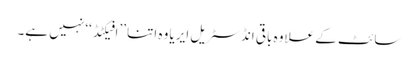
سائٹ کے علاوہ باقی انڈسٹریل ایریا وہ اتنا ’’افیکٹڈ‘‘ نہیں ہے۔